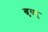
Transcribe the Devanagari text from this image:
खुसबू